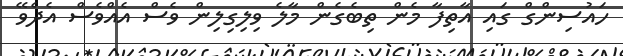
ހައުސިންގް ގައި އާތިފާ މެން ތިބެގެން މާލެ ވިލިގިލިން ވެސް އެއްވެސް އެދެވޭ